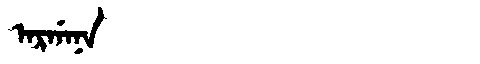
Manchu: ᠠᡵᡤᠠᠨᠠ
Romanization: ARGANA